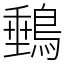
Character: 䳠